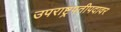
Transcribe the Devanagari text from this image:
उपराष्ट्रपतीपदावर